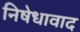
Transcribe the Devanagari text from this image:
निषेधावाद